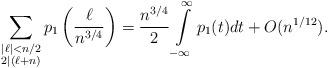
LaTeX: \begin{align*} \sum_{\substack{|\ell| < n/2 \\ 2 \mid (\ell + n) }} p_1 \left( \frac{\ell}{n^{3/4}} \right) = \frac{n^{3/4}}{2} \int \limits_{-\infty}^{ \infty } p_1(t) dt +O(n^{1/12}). \end{align*}